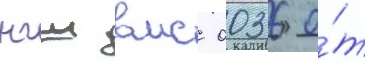
нгш вмс 0036 о́т